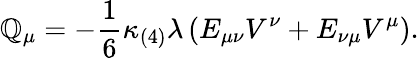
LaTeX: {\cal\mathbb{Q}}_{\mu}=-\frac{{1}}{{6}}\kappa_{(4)}\lambda\left(E_{\mu\nu}V^{\nu}+E_{\nu\mu}V^{\mu}\right).